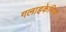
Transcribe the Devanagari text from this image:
गलाइकेमिक